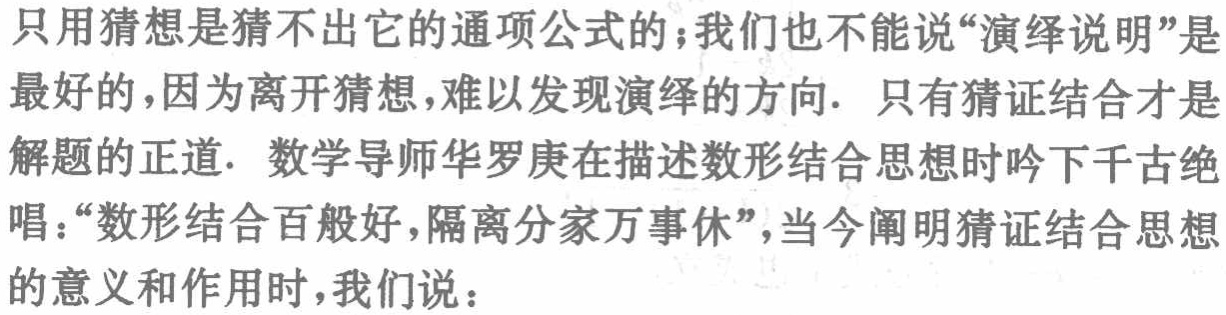
只用猜想是猜不出它的通项公式的；我们也不能说“演绎说明”是

最好的，因为离开猜想，难以发现演绎的方向. 只有猜证结合才是

解题的正道. 数学导师华罗庚在描述数形结合思想时吟下千古绝

唱：“数形结合百般好，隔离分家万事休”，当今阐明猜证结合思想

的意义和作用时，我们说：